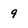
Character: 9